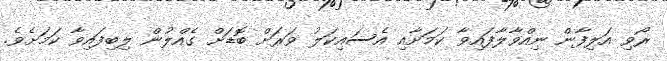
ރޯވި އަލިފާން ނިއްވާލާފައިވާ ކަމަށާއި އެސައިކަލު ވަރަށް ބޮޑަށް ގެއްލުން ލިބިފައިވާ ކަމަށެވެ.